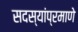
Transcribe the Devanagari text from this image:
सदस्यांप्रमाणे